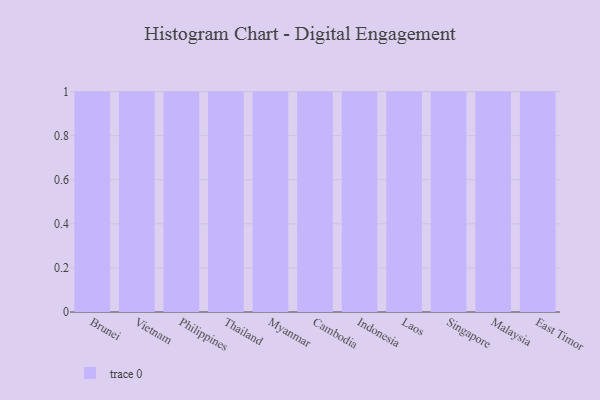
{"axis": {"x": "Country", "y": "Shipments"}, "legend": [""], "data": [{"x": "Brunei", "y": 64, "type": ""}, {"x": "Vietnam", "y": 82, "type": ""}, {"x": "Philippines", "y": 91, "type": ""}, {"x": "Thailand", "y": 57, "type": ""}, {"x": "Myanmar", "y": 22, "type": ""}, {"x": "Cambodia", "y": 65, "type": ""}, {"x": "Indonesia", "y": 68, "type": ""}, {"x": "Laos", "y": 76, "type": ""}, {"x": "Singapore", "y": 30, "type": ""}, {"x": "Malaysia", "y": 46, "type": ""}, {"x": "East Timor", "y": 72, "type": ""}]}